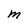
Character: M